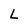
Character: L